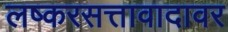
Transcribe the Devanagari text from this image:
लष्करसत्तावादावर